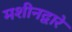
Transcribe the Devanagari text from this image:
मशीनद्वारे